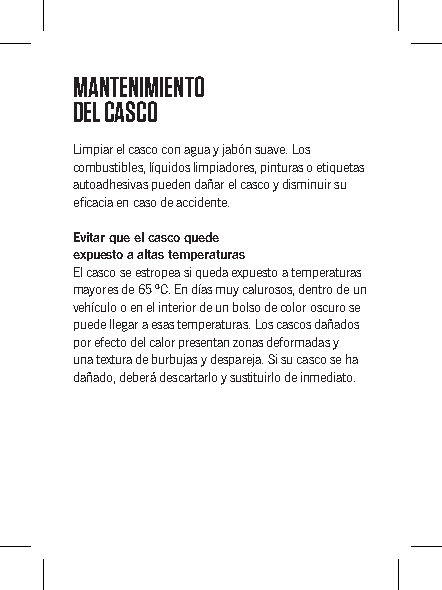
MANTENIMIENTO
 DEL CASCO
 Limpiar el casco con agua y jabón suave. Los
 combustibles, líquidos limpiadores, pinturas o etiquetas
 autoadhesivas pueden dañar el casco y disminuir su
 eficacia en caso de accidente.
 Evitar que el casco quede
 expuesto a altas temperaturas
 El casco se estropea si queda expuesto a temperaturas
 mayores de 65 ºC. En días muy calurosos, dentro de un
 vehículo o en el interior de un bolso de color oscuro se
 puede llegar a esas temperaturas. Los cascos dañados
 por efecto del calor presentan zonas deformadas y
 una textura de burbujas y despareja. Si su casco se ha
 dañado, deberá descartarlo y sustituirlo de inmediato.